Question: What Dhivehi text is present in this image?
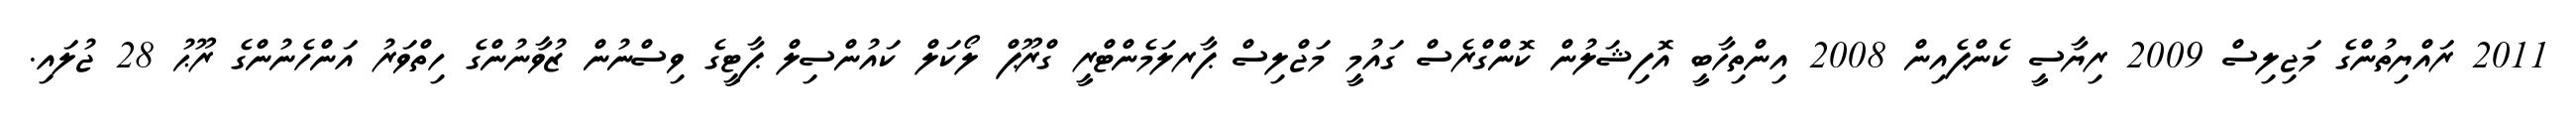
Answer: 2011 ރައްޔިތުންގެ މަޖިލިސް 2009 ރިޔާސީ ކެންޕެއިން 2008 އިންތިހާބީ އޮފިޝަލުން ކޮންގްރެސް ގައުމީ މަޖްލިސް ޕާރލަމެންޓްރީ ގްރޫޕް ލޯކަލް ކައުންސިލް ޕާޓީގެ ވިސްނުން ޒުވާނުންގެ ހިތްވަރު އަންހެނުންގެ ރޫޙު 28 ޖުލައި.